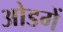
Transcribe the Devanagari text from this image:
ओडगें